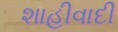
શાહીવાદી